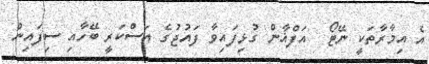
އެ އިމާރާތަކީ ނޭޓޯ  އަފްޣާން ގުޅިފައިވާ ފައުޖުގެ އަސްކަރީ ބޭހާއި ސިފައިން